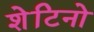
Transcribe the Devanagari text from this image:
शेटिनो